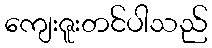
ကျေးဇူးတင်ပါသည်